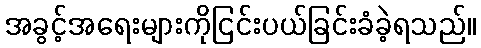
အခွင့်အရေးများကိုငြင်းပယ်ခြင်းခံခဲ့ရသည်။